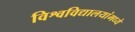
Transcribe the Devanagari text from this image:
विश्वविद्यालयांमध्ये